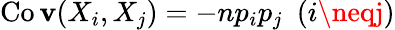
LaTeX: \operatorname{Co\mathbf{v}}(X_{i},X_{j})=-np_{i}p_{j}~~(i\neqj)